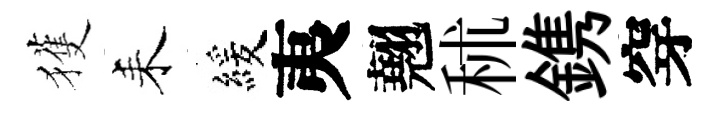
獲耒緩夷翹秫鎸穿